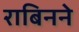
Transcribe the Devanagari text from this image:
राबिनने